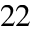
^ { 2 2 }